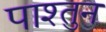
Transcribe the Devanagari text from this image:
पाश्तुन